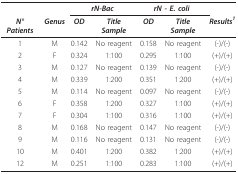
<table><thead><tr><td></td><td></td><td colspan="2"><b><i>rN-Bac</i></b></td><td colspan="2"><b><i>rN - E. coli</i></b></td><td></td></tr><tr><td><b><i>N° Patients</i></b></td><td><b><i>Genus</i></b></td><td><b><i>OD</i></b></td><td><b><i>Title Sample</i></b></td><td><b><i>OD</i></b></td><td><b><i>Title Sample</i></b></td><td><b><i>Results<sup>1</sup></i></b></td></tr></thead><tbody><tr><td>1</td><td>M</td><td>0.142</td><td>No reagent</td><td>0.158</td><td>No reagent</td><td>(-)/(-)</td></tr><tr><td>2</td><td>F</td><td>0.324</td><td>1:100</td><td>0.295</td><td>1:100</td><td>(+)/(+)</td></tr><tr><td>3</td><td>M</td><td>0.127</td><td>No reagent</td><td>0.139</td><td>No reagent</td><td>(-)/(-)</td></tr><tr><td>4</td><td>M</td><td>0.339</td><td>1:200</td><td>0.351</td><td>1:200</td><td>(+)/(+)</td></tr><tr><td>5</td><td>M</td><td>0.114</td><td>No reagent</td><td>0.097</td><td>No reagent</td><td>(-)/(-)</td></tr><tr><td>6</td><td>F</td><td>0.358</td><td>1:200</td><td>0.327</td><td>1:100</td><td>(+)/(+)</td></tr><tr><td>7</td><td>F</td><td>0.304</td><td>1:100</td><td>0.316</td><td>1:100</td><td>(+)/(+)</td></tr><tr><td>8</td><td>M</td><td>0.168</td><td>No reagent</td><td>0.147</td><td>No reagent</td><td>(-)/(-)</td></tr><tr><td>9</td><td>M</td><td>0.116</td><td>No reagent</td><td>0.131</td><td>No reagent</td><td>(-)/(-)</td></tr><tr><td>10</td><td>M</td><td>0.401</td><td>1:200</td><td>0.382</td><td>1:200</td><td>(+)/(+)</td></tr><tr><td>12</td><td>M</td><td>0.251</td><td>1:100</td><td>0.283</td><td>1:100</td><td>(+)/(+)</td></tr></tbody></table>